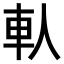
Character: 𨊤